Lunatic asylums Burma 1907-21 - 1907-1921
Year: 1907
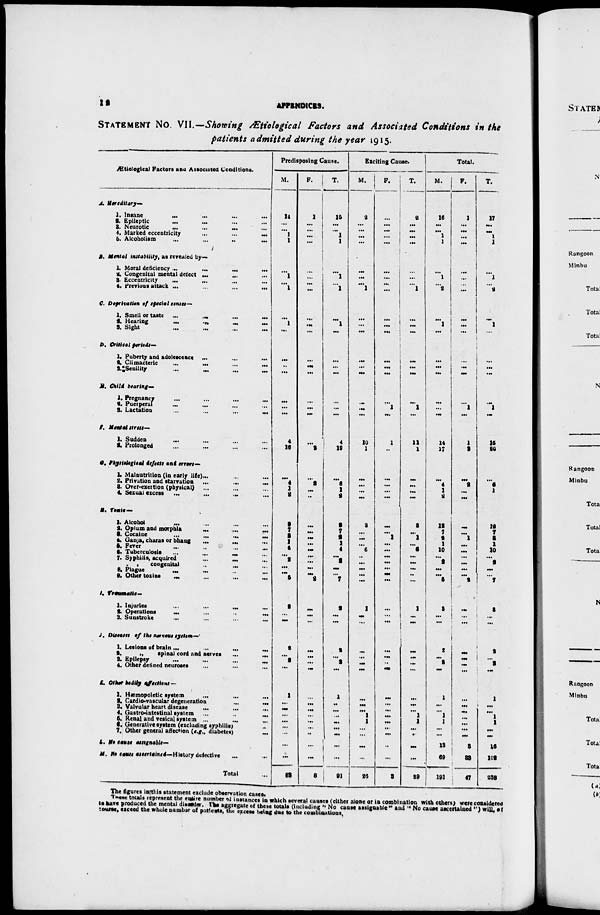
12
APPENDICES.
STATEMENT No. VII.—Showing Ætiological Factors and Associated Conditions in the
patients admitted during the year 1915.
Ætiological Factors and Associated Conditions.
A. Hereditary—
1. Insane
...
...
...
...
2. Epileptic ... ... ... ...
3. Neurotic
...
...
...
...
4. Marked eccentricity
...
...
...
5. Alcoholism ... ... ... ...
B. Mental instability, as revealed by—
1.Moral deficiency
...
...
...
...
2. Congenital mental defect ... ... ...
3. Eccentricity ... ... ... ...
4. Previous attack ...
...
...
...
C. Deprivation of special senses—
1. Smell or taste
...
...
...
...
2. Hearing
...
...
...
...
3. Sight ... ... ...
D. Critical prviods—
1.Puberty and adolescence ... ... ...
2. Climacteric
...
...
...
...
3.Senility ... ... ... ...
E. Child bearing—
1. Pregnancy ... ... ... ...
2. Puerperal ... ... ... ...
3. Lactation ... ... ... ...
F. Menial stress—
1. Sudden ... ... ... ...
2. Prolonged ... ... ... ...
G.Physiological defects and errors—
1.Malnutrition (in early life)... ... ...
2. Privation and starvation
...
...
...
3. Overexertion (physical) ... ... ...
4. Sexual excess
...
...
...
...
H. Toxis—
1. Alcohol ... ... ... ...
2. Opium and morphia
...
...
...
3. Cocaine
...
...
...
...
4. Ganja, charas or bhang
...
...
...
5. Fever ... ... ... ...
6. Tuberculosis ... ... ... ...
7. Syphilis, acquired
...
...
...
. ,
congenita) ... ... ...
8. Plague ... ... ... ...
9. Other toxins ... ... ... ...
I. Traumatic—
1. Injuries
...
...
...
...
2. Operations
...
...
...
...
3. Sunstroke ... ... ... ...
J. Diseases of the nerous system—
1. Lesions of brain
...
...
...
2.
„
spinal cord and nerves
...
...
3. Epilepsy
...
...
...
...
4. Other defined neuroses ... ... ...
K. Other bodily affectiens—
1. Hæmopoletic system
...
...
...
2. Cardio-vascular degeneration
...
...
3. Valvular heart disease ... ... ...
4. Gastro-intestinal system
...
...
...
5. Renal and vesical system ... ... ...
6. Generative system (excluding syphilis) ...
7. Other general affection (e.g., diabetes)...
L. No cause assignable—
M. No causes asserintnes—History defective
...
...
Total ...
Predisposing Cause.
M.
14
...
...
1
1
...
1
...
1
...
1
...
...
...
...
...
...
...
4
16
...
4
1
2
2
7
2
1
4
...
2
...
...
5
2
...
...
2
...
2
...
1
...
...
...
...
...
...
...
...
83
F.
1
...
...
...
...
...
...
...
...
...
...
...
...
...
...
...
...
...
...
3
...
2
...
..
...
...
...
...
...
...
...
...
..
2
...
...
...
...
...
...
...
...
...
...
...
...
...
..
...
...
8
T.
15
...
...
1
1
...
1
...
1
...
1
...
...
...
...
...
...
...
4
19
...
6
1
2
2t
7
2
1
4
...
2
...
...
7
2
...
...
2
...
2
...
1
..
...
...
...
...
...
...
...
91
Exciting Cause.
M.
2
...
...
...
...
...
...
...
1
...
...
...
...
...
...
...
...
...
10
1
...
...
...
...
3
...
...
...
6
...
...
...
...
...
1
...
...
...
...
...
...
...
...
...
1
1
... ...
...
...
26
F.
...
...
...
...
...
...
...
...
...
...
...
...
...
...
...
...
1
...
1
...
...
...
...
...
...
...
1
...
...
...
...
...
...
...
...
...
...
...
...
..
...
...
...
...
...
...
...
...
...
...
3
T.
2
...
...
...
...
...
...
...
1
...
...
...
...
...
...
...
1
...
11
1
...
...
...
...
3
...
1
...
6
...
...
...
..
...
1
...
...
...
...
...
...
...
...
...
1
1
...
...
...
...
29
Total.
M.
16
...
...
1
1
...
1
...
2
...
1
...
...
...
...
...
...
...
14
17
...
4
1
2
12
7
2
1
10
...
2
...
...
5
3
...
...
2
...
2
...
1
...
...
1
1
...
...
13
69
191
F.
1
...
...
...
...
...
...
...
...
...
...
...
... ...
...
...
1
...
1
3
...
2
...
...
...
...
1
...
...
...
...
...
...
2
...
...
...
...
...
...
...
...
...
...
...
...
...
...
3
32
47
T.
17
...
...
1
1
...
1
...
2
...
1
...
...
...
...
...
1
...
15
20
...
6
1
2
12
7
3
1
10
...
2
...
...
7
3
...
...
2
9
...
2
...
1
...
...
1
1
...
...
16
102
238
The figures in this statement exclude observation cases.
These totals represent the enqire number of instances in which several causes (either alone or in combination with others) were considered
to have produced the mental disorder. The aggregate of these totals (Including '' No cause assignable" and '' No cause ascertained '') will of
course, exceed the whole numbar of patients, the excess being due to the combinations.